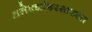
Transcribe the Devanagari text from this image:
अलेक्झांडरसारखा